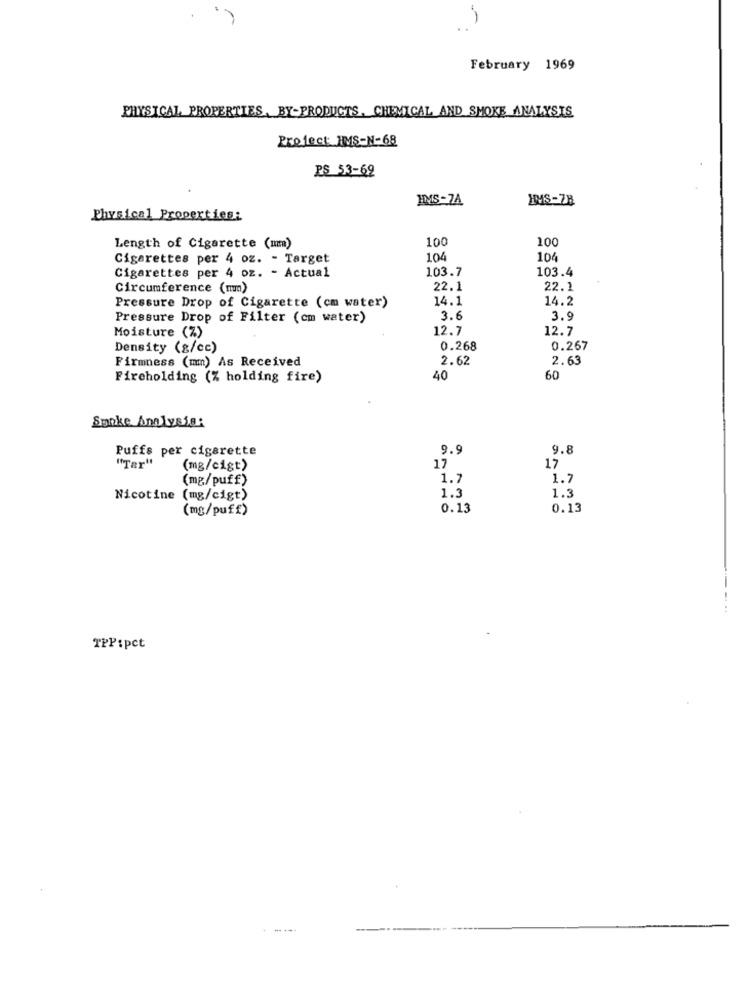
.. )
February 1969
PHYSICAL PROPERTIES. BY-PRODUCTS, CHEMICAL AND SMOKE ANALYSIS
Project HMS-N-68
PS 53-69
HMS-78
Physical Properties:
100
100
Length of Cigarette (mm)
Cigarettes per 4 oz. - Target
104
106
Cigarettes per 4 oz. - Actual
103.7
103.4
Circumference (mm)
22.1
22.1
14.1
14.2
Pressure Drop of Cigarette (cm water)
Pressure Drop of Filter (cm water)
3.6
3.9
12.7
12.7
Moisture (%)
Density (g/cc)
0.268
0.267
Firmness (mm) As Received
2.62
2.63
Fireholding (% holding fire)
40
60
Sanke Amlysis:
Puffs per cigarette
9.9
9.8
"Tar"
(mg/cigt)
17
17
(mg/puff)
1.7
1.7
1 .:
1.3
Nicotine (mg/cigt)
(mg/puff)
0.13
0.13
TPP:pct